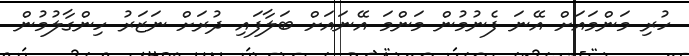
ހުރި މަންމައަށް އޭނަ ފެނުމުން މަންމަ އޭނައަށް ބަލާފައި ދުރަށް ނަޒަރު ހިންގާލުމުން